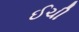
ઈચી